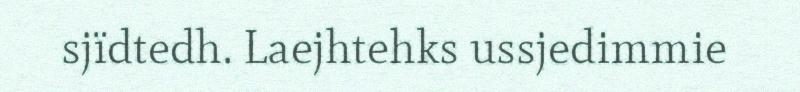
sjïdtedh. Laejhtehks ussjedimmie